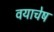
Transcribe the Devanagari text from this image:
वयाचेष